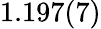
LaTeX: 1.197(7)